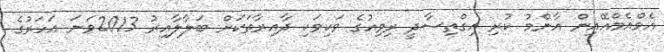
އެމްއެމްއޭއިން އާންމު ކުރި އިގްތިސާދީ ރިވިއުގެ ވަކިވަކި ދާއިރާތަކަށް ބަލާލާއިރު 2013ވަނަ އަހަރުގެ